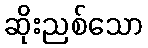
ဆိုးညစ်သော